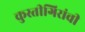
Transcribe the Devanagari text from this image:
कुस्तीगिरांची